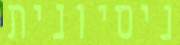
ניסיונית